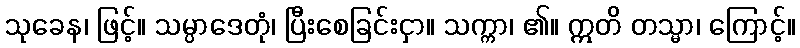
သုခေန၊ ဖြင့်။ သမ္ပာဒေတုံ၊ ပြီးစေခြင်းငှာ။ သက္ကာ၊ ၏။ ဣတိ တသ္မာ၊ ကြောင့်။